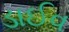
ડાઈવ